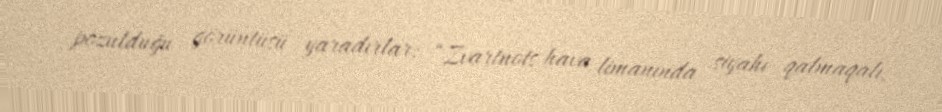
pozulduğu görüntüsü yaradırlar: “Zvartnots hava limanında siyahı qalmaqalı,